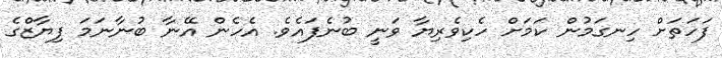
ފަހަތަށް ހިނގަމުން ކަމަށް ހެކިވެރިޔާ ވަނީ ބުނެފައެވެ. އެހެން އޭނާ ބުނާނަމަ ފިޔާޒްގެ